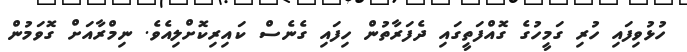
ހުޅުވިފައި ހުރި ގަމީހުގެ ގޮއްފަތީގައި ދެފަރާތުން ހިފައި ގެނެސް ކައިރިކޮށްލިއެވެ. ނިމްރާއަށް ގޮވަމުން